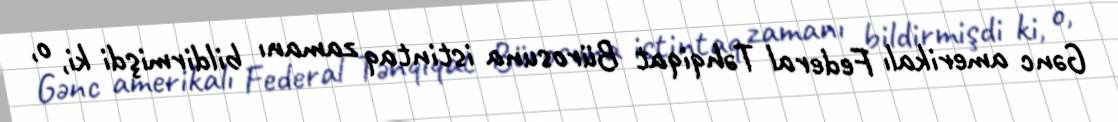
Gənc amerikalı Federal Təhqiqat Bürosuna istintaq zamanı bildirmişdi ki, o,